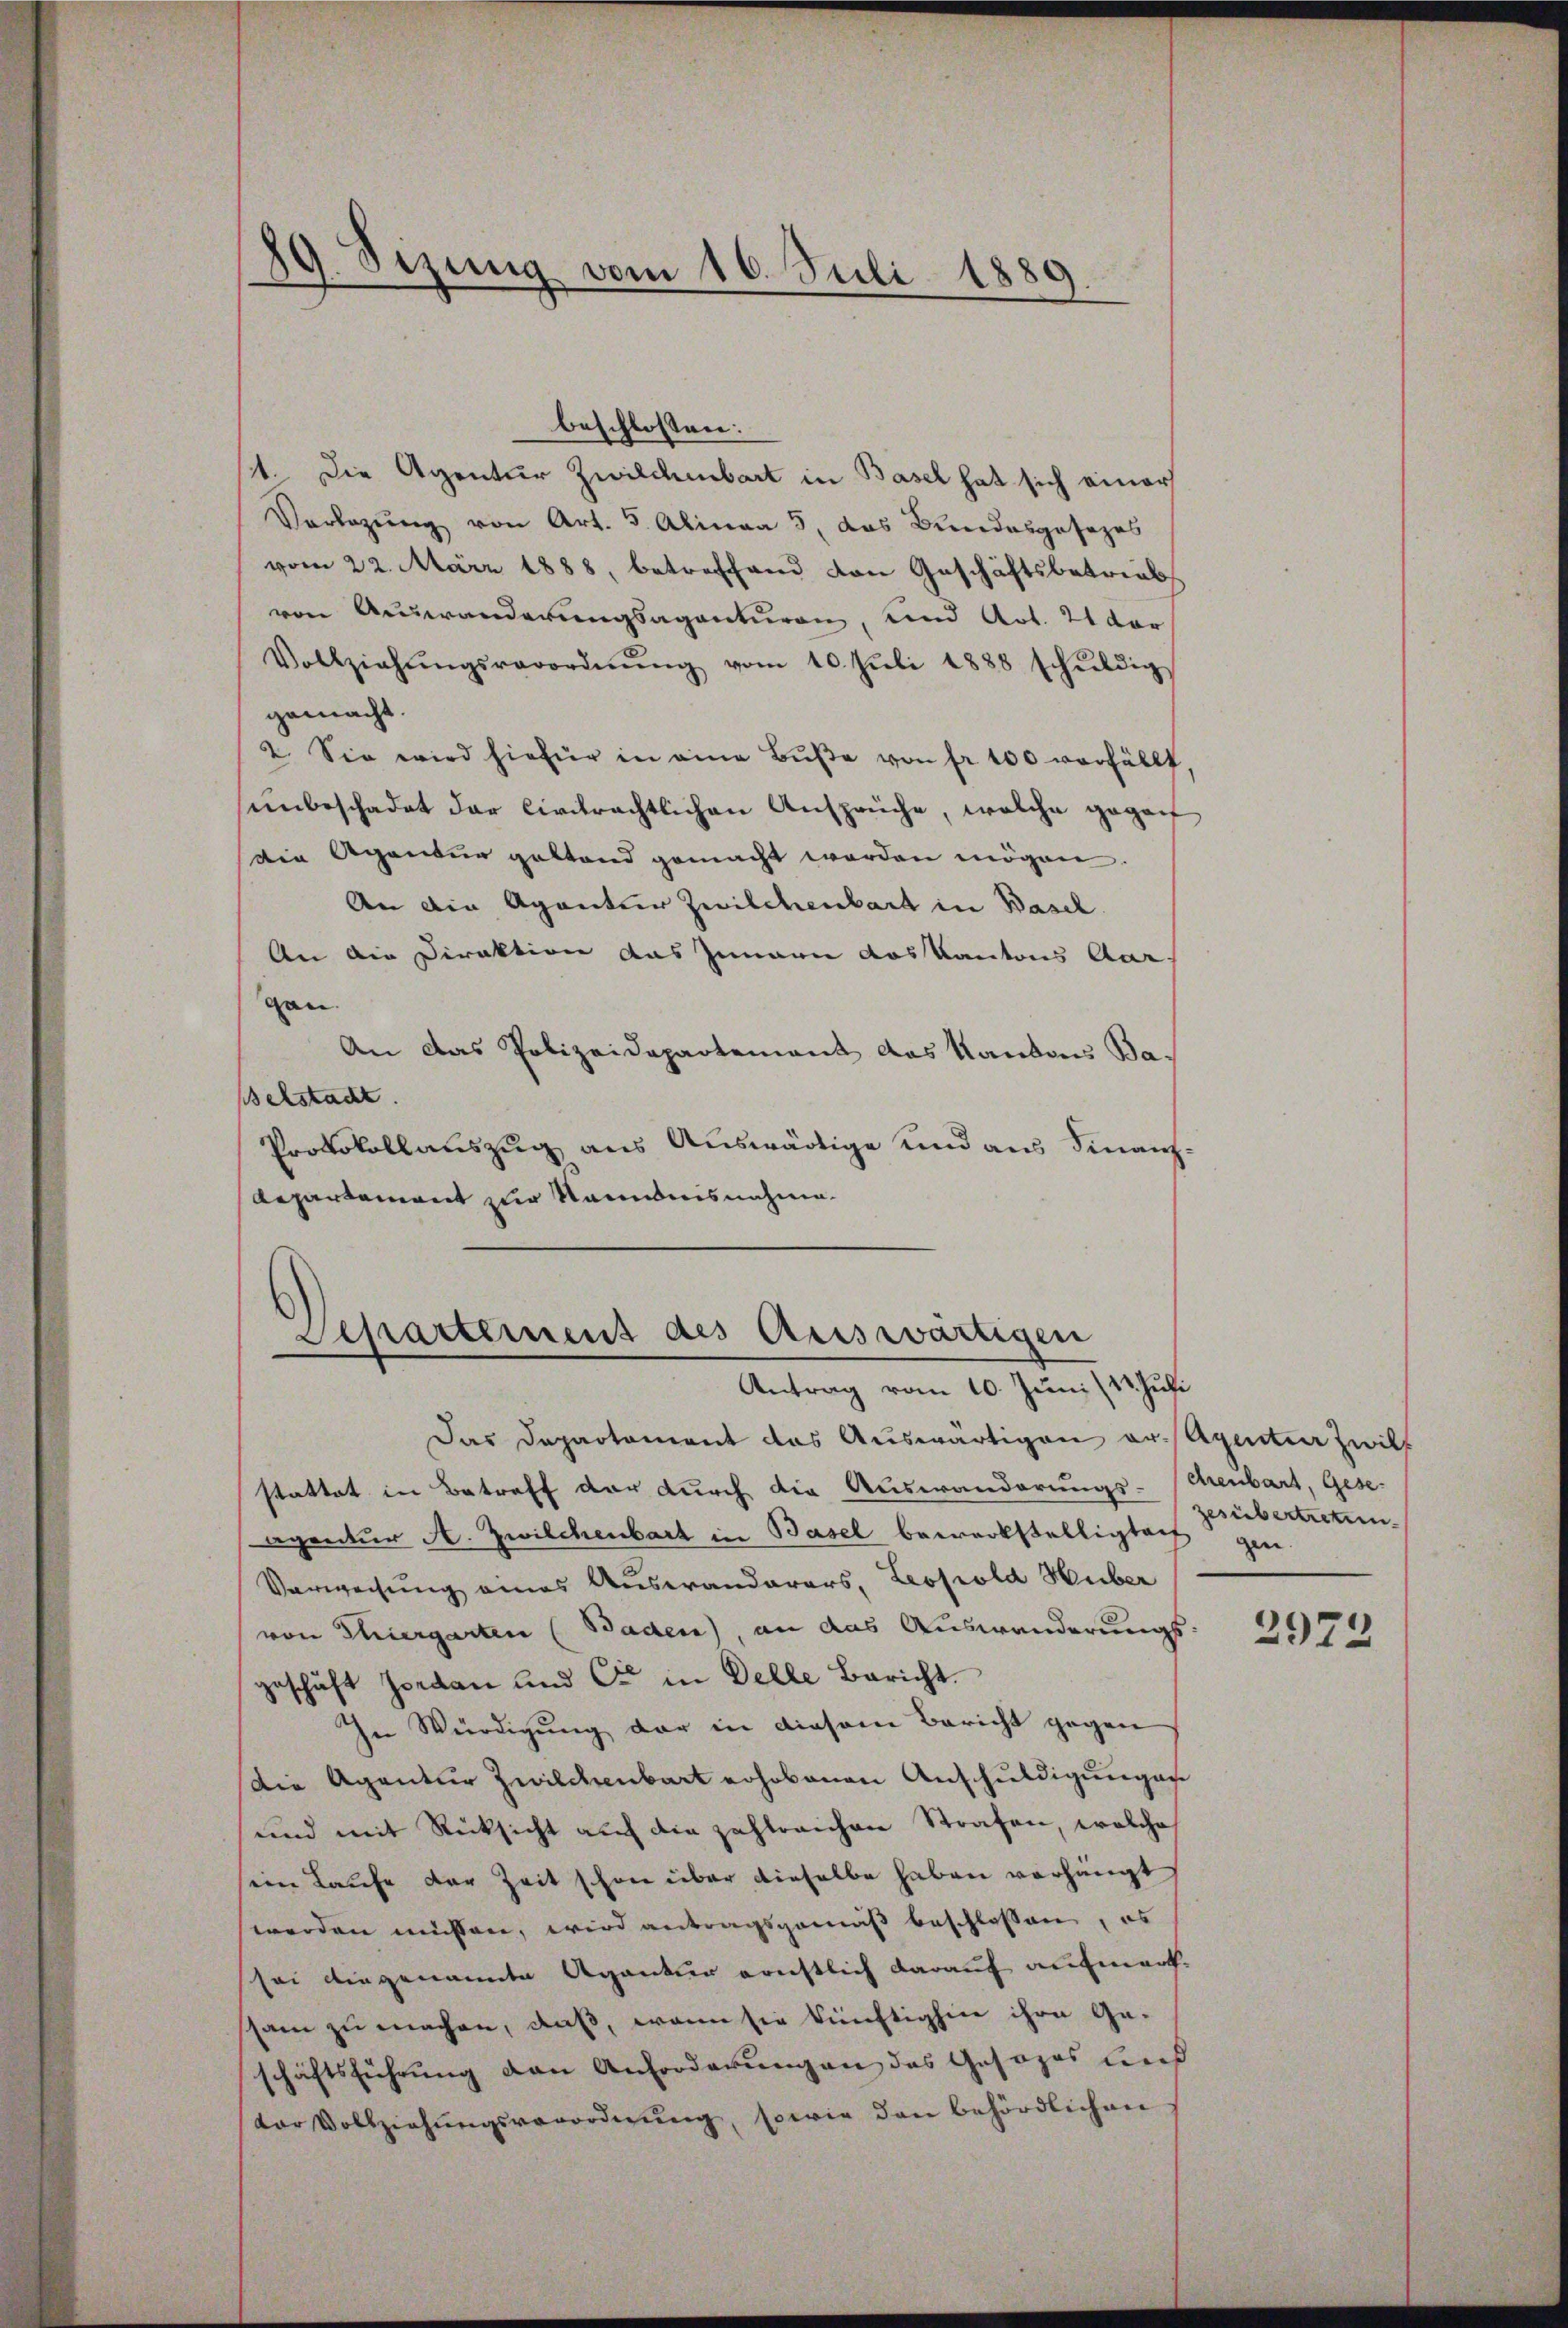
d
)
.
Sizung vom 16. Juli 1889

beschlossen:
11. Die Agentur Zwilchenbart in Basel hat sich einer
Verlegŭng von Art. 5. Alinea 5, das Bundesgesetzes
vom 22. März 1888, betreffend von Geschäftsbetriebs
von Auswanderungsagenturen, und Art. 21 der
Vollziehŭngsverordnŭng vom 10. Juli 1888 schuldig
gemacht.
2. Sie wird hiefür in eine Bŭβe von fr. 100 verfällt,
unbeschadet der Civilrechtlichen Ansprüche, welche gegen
die Agentur galtend gemacht worden mögen.
An die Agentur Zwilchenbart in Basch
An die Direktion das Innern das Kantons Aar
gan.
An das Polizeidepartement das Kantons Ba¬
Belstadt.
Protokollauszug aus Auswärtige und aus Finanz¬
Repartement zur Kenntnisnahme.

Separtement des Auswärtigen
Antrag vom 10. Juni /12. Juli

Das Departement das Auswärtigen er-Agentia Zwilf
stattet in Betreff der durch die Auswanderungs-Chenbart, Gese¬
Agentur A. Zwilchenbart in Basel bewerkstelligten gen
Verweisung eines Auswanderers, Leopold Huber
von Thiergarten (Baden), an das Auswanderungsgeschäft Jordan und Cie in Delle Bericht.
In Würdigung der in diesem Bericht gegen
Die Agentur Zwilchenbart erhobenen Anschuldigungen
und mit Rücksicht auf die zahlreichen Strafen, welche
ein Laufe der Zeit schon über dieselbe haben verhängt
werden müssen, wird antragsgemäß beschlossen, es
sei eingenannte Agantier ernstlich darauf aufmerk-
sam zu machen, daß, wenn sie künftighin ihre Ge-
schäftsführung den Anforderungen des Gesezes ließ
dor Vollziehŭngsverordnŭng, sowie den behördlichen

zesübertretun

2972